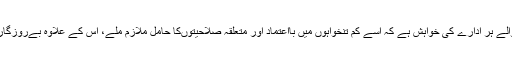
ملازمتیں فراہم کرنے والے ہر ادارے کی خواہش ہے کہ اسے کم تنخواہوں میں بااعتماد اور متعلقہ صلاحیتوںکا حامل ملازم ملے، اس کے علاوہ بےروزگاری بھی اہم عنصر ہے ۔